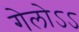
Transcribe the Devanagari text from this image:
गेलोऽऽ